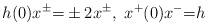
LaTeX: \begin{align*}h(0)x^{\pm}{=}\pm2 x^{\pm},~ x^+(0)x^-{=}h\end{align*}